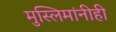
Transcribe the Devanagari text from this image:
मुस्लिमांनीही